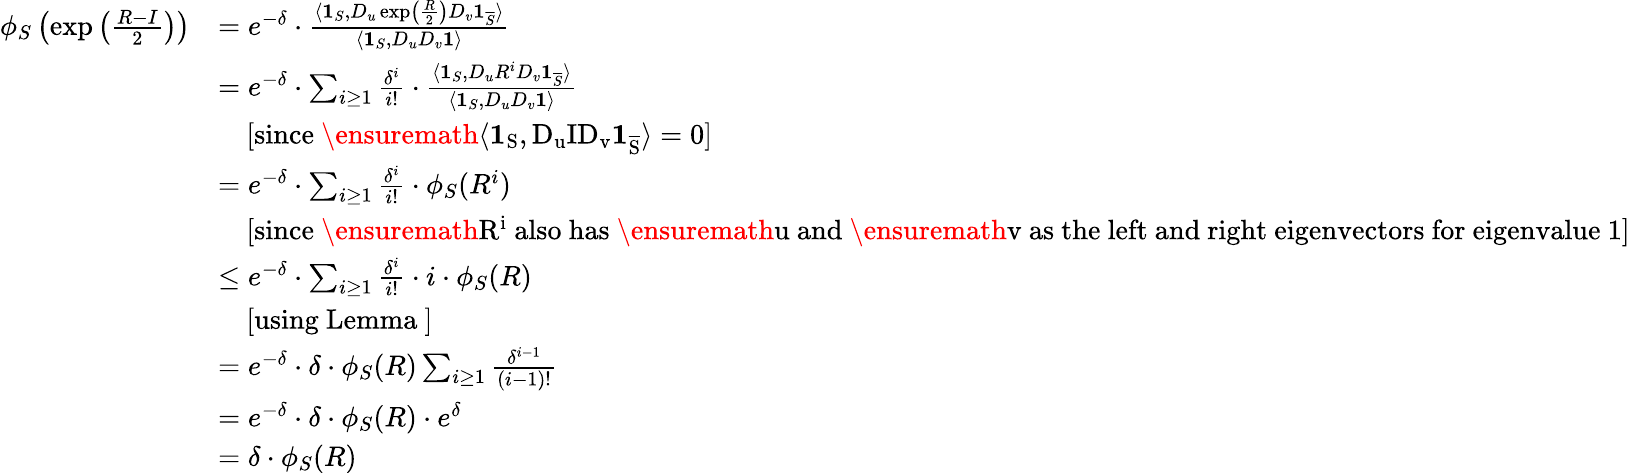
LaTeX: \begin{array}{rl}{\phi_{S}\left(\exp\left(\frac{R-I}{2}\right)\right)}&{=e^{-\delta}\cdot\frac{\langle\mathbf{1}_{S},D_{u}\exp\left(\frac{R}{2}\right)D_{v}\mathbf{1}_{\overline{{S}}}\rangle}{\langle\mathbf{1}_{S},D_{u}D_{v}\mathbf{1}\rangle}}\\ &{=e^{-\delta}\cdot\sum_{i\geq 1}\frac{\delta^{i}}{i!}\cdot\frac{\langle\mathbf{1}_{S},D_{u}R^{i}D_{v}\mathbf{1}_{\overline{{S}}}\rangle}{\langle\mathbf{1}_{S},D_{u}D_{v}\mathbf{1}\rangle}}\\ &{\ \ \ \ \mathrm{[since~\ensuremath{\langle\mathbf{1}_{S},D_{u}ID_{v}\mathbf{1}_{\overline{{S}}}\rangle=0}]}}\\ &{=e^{-\delta}\cdot\sum_{i\geq 1}\frac{\delta^{i}}{i!}\cdot\phi_{S}(R^{i})}\\ &{\ \ \ \ \mathrm{[since~\ensuremath{R^{i}}~also~has~\ensuremath{u}~and~\ensuremath{v}~as~the~left~and~right~eigenvectors~for~eigenvalue~1]}}\\ &{\leq e^{-\delta}\cdot\sum_{i\geq 1}\frac{\delta^{i}}{i!}\cdot i\cdot\phi_{S}(R)}\\ &{\ \ \ \ \mathrm{[using~Lemma~]}}\\ &{=e^{-\delta}\cdot\delta\cdot\phi_{S}(R)\sum_{i\geq 1}\frac{\delta^{i-1}}{(i-1)!}}\\ &{=e^{-\delta}\cdot\delta\cdot\phi_{S}(R)\cdot e^{\delta}}\\ &{=\delta\cdot\phi_{S}(R)}\end{array}